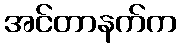
အင်တာနက်က